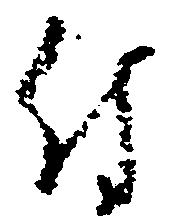
付